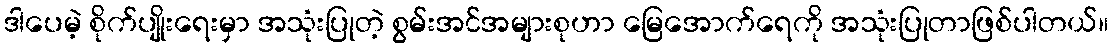
ဒါပေမဲ့ စိုက်ပျိုးရေးမှာ အသုံးပြုတဲ့ စွမ်းအင်အများစုဟာ မြေအောက်ရေကို အသုံးပြုတာဖြစ်ပါတယ်။